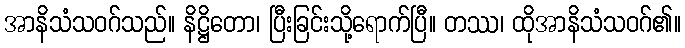
အာနိသံသဝဂ်သည်။ နိဋ္ဌိတော၊ ပြီးခြင်းသို့ရောက်ပြီ။ တဿ၊ ထိုအာနိသံသဝဂ်၏။